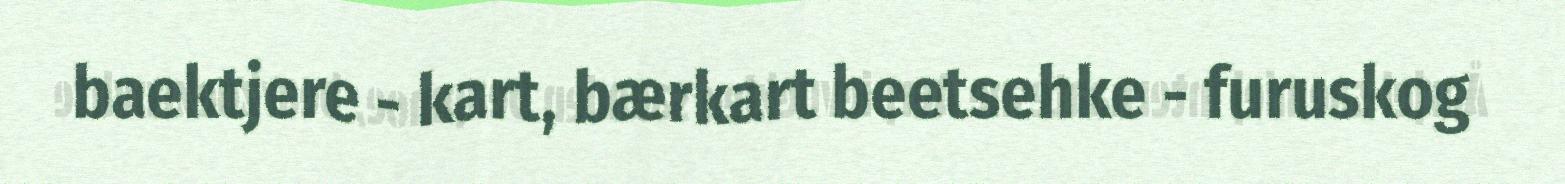
baektjere - kart, bærkart beetsehke - furuskog